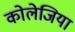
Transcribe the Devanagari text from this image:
कोलेजिया